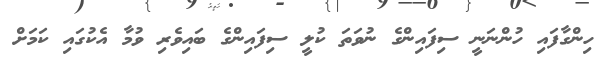
ހިންގާފައި ހުންނަނީ ސިފައިންގެ ނުވަތަ ކުލީ ސިފައިންގެ ބައިވެރި ވުމާ އެކުގައި ކަމަށް